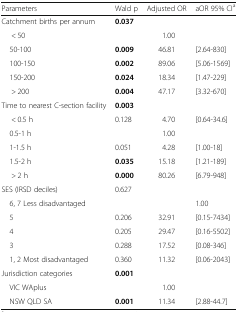
<table><thead><tr><td><b>Parameters</b></td><td><b>Wald p</b></td><td><b>Adjusted OR</b></td><td><b>aOR 95% CI<sup>a</sup></b></td></tr></thead><tbody><tr><td>Catchment births per annum</td><td><b>0.037</b></td><td></td><td></td></tr><tr><td>&lt; 50</td><td></td><td>1.00</td><td></td></tr><tr><td> 50-100</td><td><b>0.009</b></td><td>46.81</td><td>[2.64-830]</td></tr><tr><td> 100-150</td><td><b>0.002</b></td><td>89.06</td><td>[5.06-1569]</td></tr><tr><td> 150-200</td><td><b>0.024</b></td><td>18.34</td><td>[1.47-229]</td></tr><tr><td>&gt; 200</td><td><b>0.004</b></td><td>47.17</td><td>[3.32-670]</td></tr><tr><td>Time to nearest C-section facility</td><td><b>0.003</b></td><td></td><td></td></tr><tr><td>&lt; 0.5 h</td><td>0.128</td><td>4.70</td><td>[0.64-34.6]</td></tr><tr><td> 0.5-1 h</td><td></td><td>1.00</td><td></td></tr><tr><td> 1-1.5 h</td><td>0.051</td><td>4.28</td><td>[1.00-18]</td></tr><tr><td> 1.5-2 h</td><td><b>0.035</b></td><td>15.18</td><td>[1.21-189]</td></tr><tr><td>&gt; 2 h</td><td><b>0.000</b></td><td>80.26</td><td>[6.79-948]</td></tr><tr><td>SES (IRSD deciles)</td><td>0.627</td><td></td><td></td></tr><tr><td> 6, 7 Less disadvantaged</td><td></td><td></td><td>1.00</td></tr><tr><td> 5</td><td>0.206</td><td>32.91</td><td>[0.15-7434]</td></tr><tr><td> 4</td><td>0.205</td><td>29.47</td><td>[0.16-5502]</td></tr><tr><td> 3</td><td>0.288</td><td>17.52</td><td>[0.08-346]</td></tr><tr><td> 1, 2 Most disadvantaged</td><td>0.360</td><td>11.32</td><td>[0.06-2043]</td></tr><tr><td>Jurisdiction categories</td><td><b>0.001</b></td><td></td><td></td></tr><tr><td> VIC WAplus</td><td></td><td>1.00</td><td></td></tr><tr><td> NSW QLD SA</td><td><b>0.001</b></td><td>11.34</td><td>[2.88-44.7]</td></tr></tbody></table>